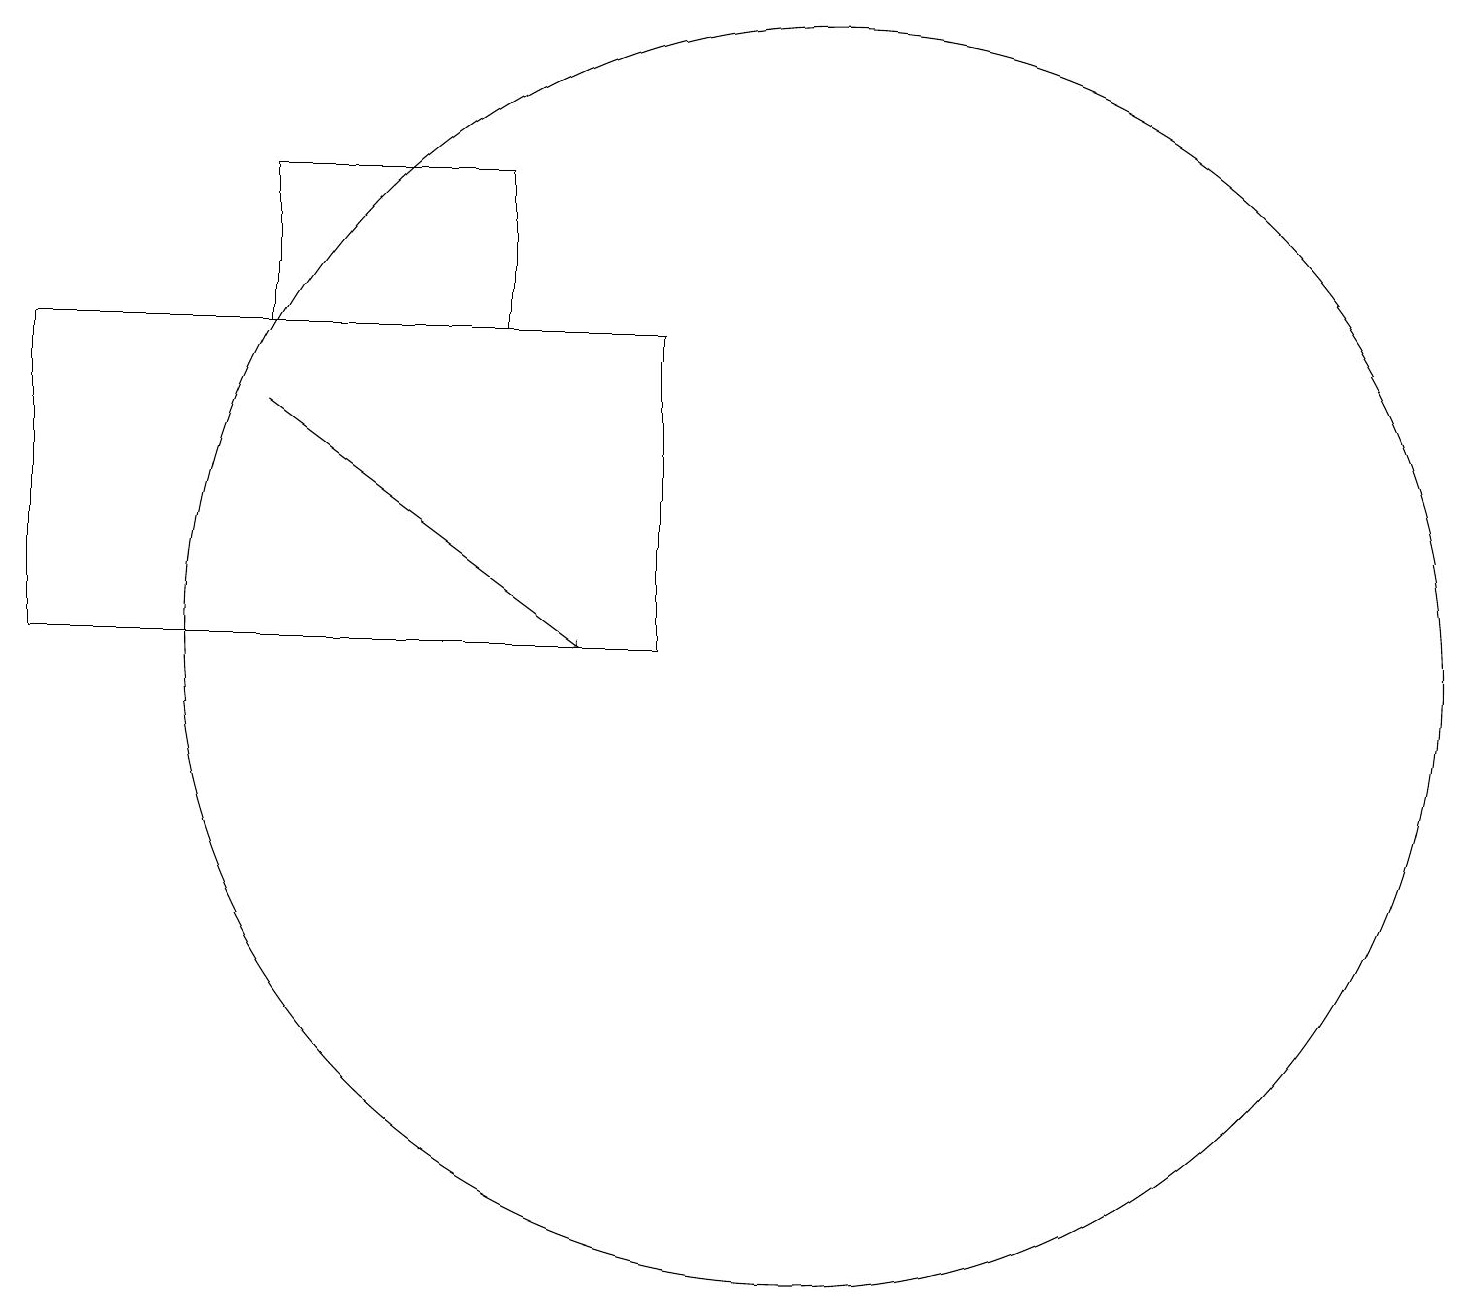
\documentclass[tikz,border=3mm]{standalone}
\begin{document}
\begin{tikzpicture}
\draw[->] (4,14) -- (8,11);
\draw (11,11) circle (8);
\draw (7,17) rectangle (4,15);
\draw (9,15) rectangle (1,11);
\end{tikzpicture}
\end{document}